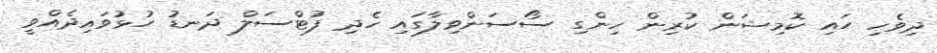
ދިވެހި ހައި ކޮމިޝަން ކުރިން ހިންގި ސޯސަންވިލާގައި ހެދި ފުޓްސަލް ދަނޑު ހުޅުވައިދެއްވީ